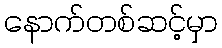
နောက်တစ်ဆင့်မှာ